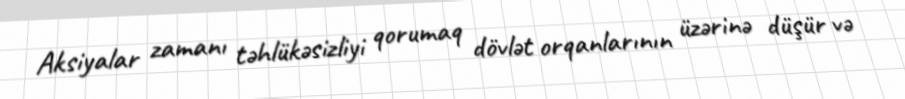
Aksiyalar zamanı təhlükəsizliyi qorumaq dövlət orqanlarının üzərinə düşür və